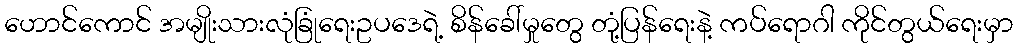
ဟောင်ကောင် အမျိုးသားလုံခြုံရေးဥပဒေရဲ့ စိန်ခေါ်မှုတွေ တုံ့ပြန်ရေးနဲ့ ကပ်ရောဂါ ကိုင်တွယ်ရေးမှာ